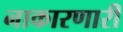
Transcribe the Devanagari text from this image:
नाकारणारी